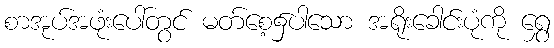
စာအုပ်အဖုံးပေါ်တွင် မတ်စေ့၌ပါသော အရိုးခေါင်းပုံကို ရွှေ